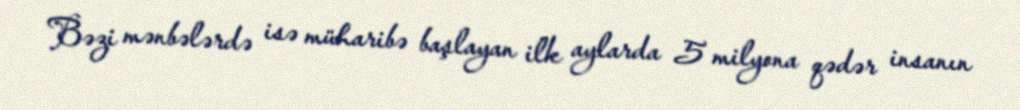
Bəzi mənbələrdə isə müharibə başlayan ilk aylarda 5 milyona qədər insanın